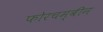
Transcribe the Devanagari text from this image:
फोरचम्बीन